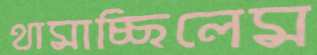
থামাচ্ছিলেম